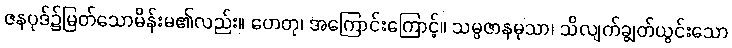
ဇနပုဒ်၌မြတ်သောမိန်းမ၏လည်း။ ဟေတု၊ အကြောင်းကြောင့်။ သမ္ပဇာနမုသာ၊ သိလျက်ချွတ်ယွင်းသော